Annual report of the Bengal Veterinary College and of the Civil Veterinary Department, Bengal, for the year 1913-1914 - 1913-1914
Year: 1913
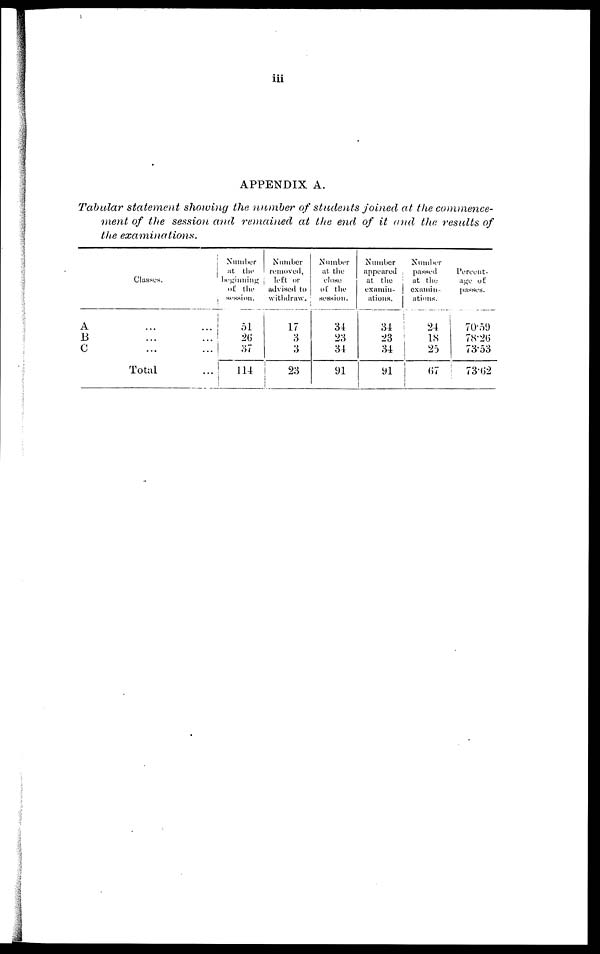
iii
APPENDIX A.
Tabular statement showing the number of students joined at the commence-
ment of the session and remained at the end of it and the results of
the examinations.
Classes.
A
B
C
...
...
...
...
...
...
Total
...
Number
at the
beginning
of the
session.
51
26
37
114
Number
removed,
left or
advised to
withdraw.
17
3
3
23
Number
at the
close
of. the
session.
34
23
34
91
Number
appeared
at the
exaimin-
ations.
34
23
34
91
Number
passed
at the
examin-
ations.
24
18
25
67
Percent-
age of
passes.
70.59
78.26
73.53
73.62